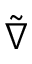
\tilde { \nabla }